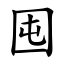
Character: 囤